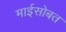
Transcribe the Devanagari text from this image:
माईसोबत